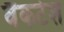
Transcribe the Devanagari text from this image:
वैंकटेश